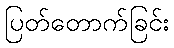
ပြတ်တောက်ခြင်း